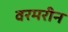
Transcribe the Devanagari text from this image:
वरमरीन